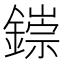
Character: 𫓁